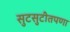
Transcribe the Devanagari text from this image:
सुटसुटीतपणा